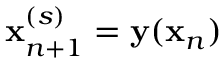
\mathbf x _ { n + 1 } ^ { ( s ) } = \mathbf y ( \mathbf x _ { n } )